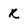
Character: R